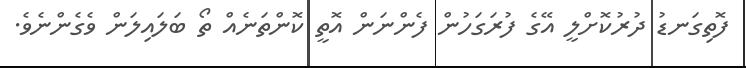
ފޮތިގަނޑު ދުރުކޮށްލީ އޭގެ ފުރަގަހުން ފެންނަން އޮތީ ކޮންތަނެއް ތޯ ބަލައިލަން ވެގެންނެވެ.